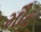
મૌત